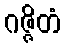
ဂဇ္ဇိတံ